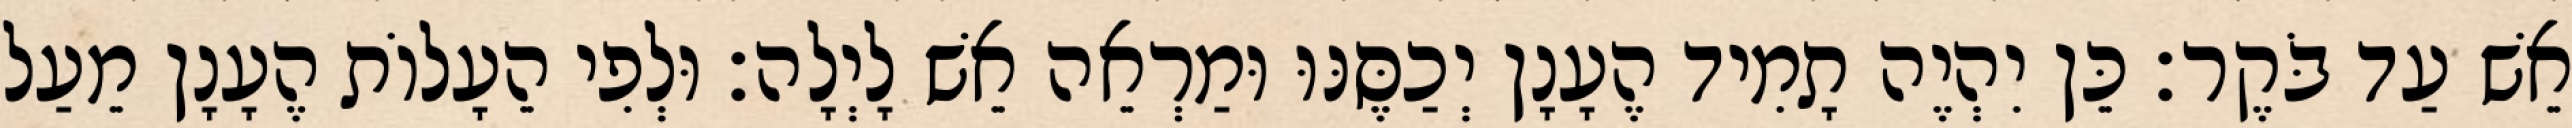
אֵשׁ עַד בֹּקֶר׃ כֵּן יִהְיֶה תָמִיד הֶעָנָן יְכַסֶּנּוּ וּמַרְאֵה אֵשׁ לָיְלָה׃ וּלְפִי הֵעָלוֹת הֶעָנָן מֵעַל